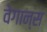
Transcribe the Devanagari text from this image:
वेगान्स